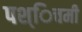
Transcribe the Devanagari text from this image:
पश्िचमी